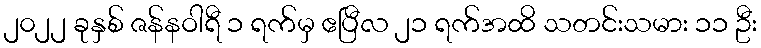
၂၀၂၂ ခုနှစ် ဇန်နဝါရီ ၁ ရက်မှ ဧပြီလ ၂၁ ရက်အထိ သတင်းသမား ၁၁ ဦး